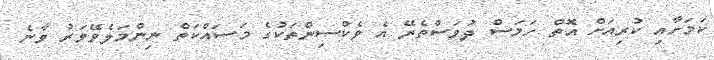
ކަަމަށާއި ކުރިއަށް އޮތް ހަމަސް ދުވަސްތެރޭ އެ ވެކްސިންތަކުގެ މަސައްކަތް ނިންމަލެވޭވަރު ވާނެ